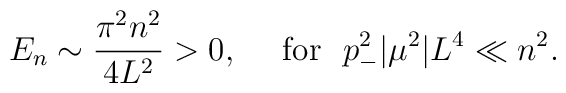
E_n \sim \frac{\pi^2 n^2}{4  L^2} > 0,  \ \ \ \ {\rm for} \ \ p_-^2|\mu^2| L^4 \ll n^2.